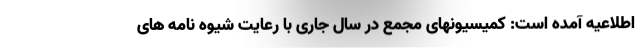
اطلاعیه آمده است: کمیسیونهای مجمع در سال جاری با رعایت شیوه نامه های